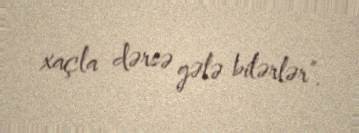
xaçla dərsə gələ bilərlər”.